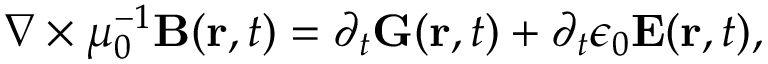
\nabla \times \mu _ { 0 } ^ { - 1 } \mathbf { B } ( \mathbf { r } , t ) = \partial _ { t } \mathbf { G } ( \mathbf { r } , t ) + \partial _ { t } \epsilon _ { 0 } \mathbf { E } ( \mathbf { r } , t ) ,